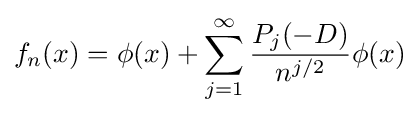
f_{n}(x)=\phi (x)+\sum _{j=1}^{\infty }{\frac {P_{j}(-D)}{n^{j/2}}}\phi (x)